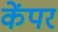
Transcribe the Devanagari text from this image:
केंपर